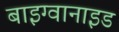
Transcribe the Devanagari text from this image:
बाइग्वानाइड